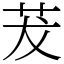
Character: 茇